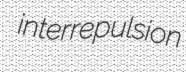
interrepulsion